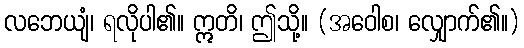
လဘေယျံ၊ ရလိုပါ၏။ ဣတိ၊ ဤသို့။ (အဝေါစ၊ လျှောက်၏။)